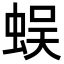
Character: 蜈